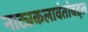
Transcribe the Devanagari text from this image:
नाट्यकलावंतांबद्दल